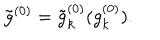
\tilde { g } ^ { ( 0 ) } = \tilde { g } _ { k } ^ { ( 0 ) } ( g _ { k } ^ { ( 0 ) } ) .